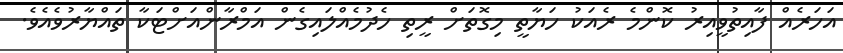
އަހަރެއް ފާއިތުވީއިރު ކޮންމެ ރެއަކު ހަޔާތީ މިގޮތަށް ރީތި ހެދުމެއްލައިގެން އަމްރާންއަށްޓަކާ ތައްޔާރުވެއެވެ.